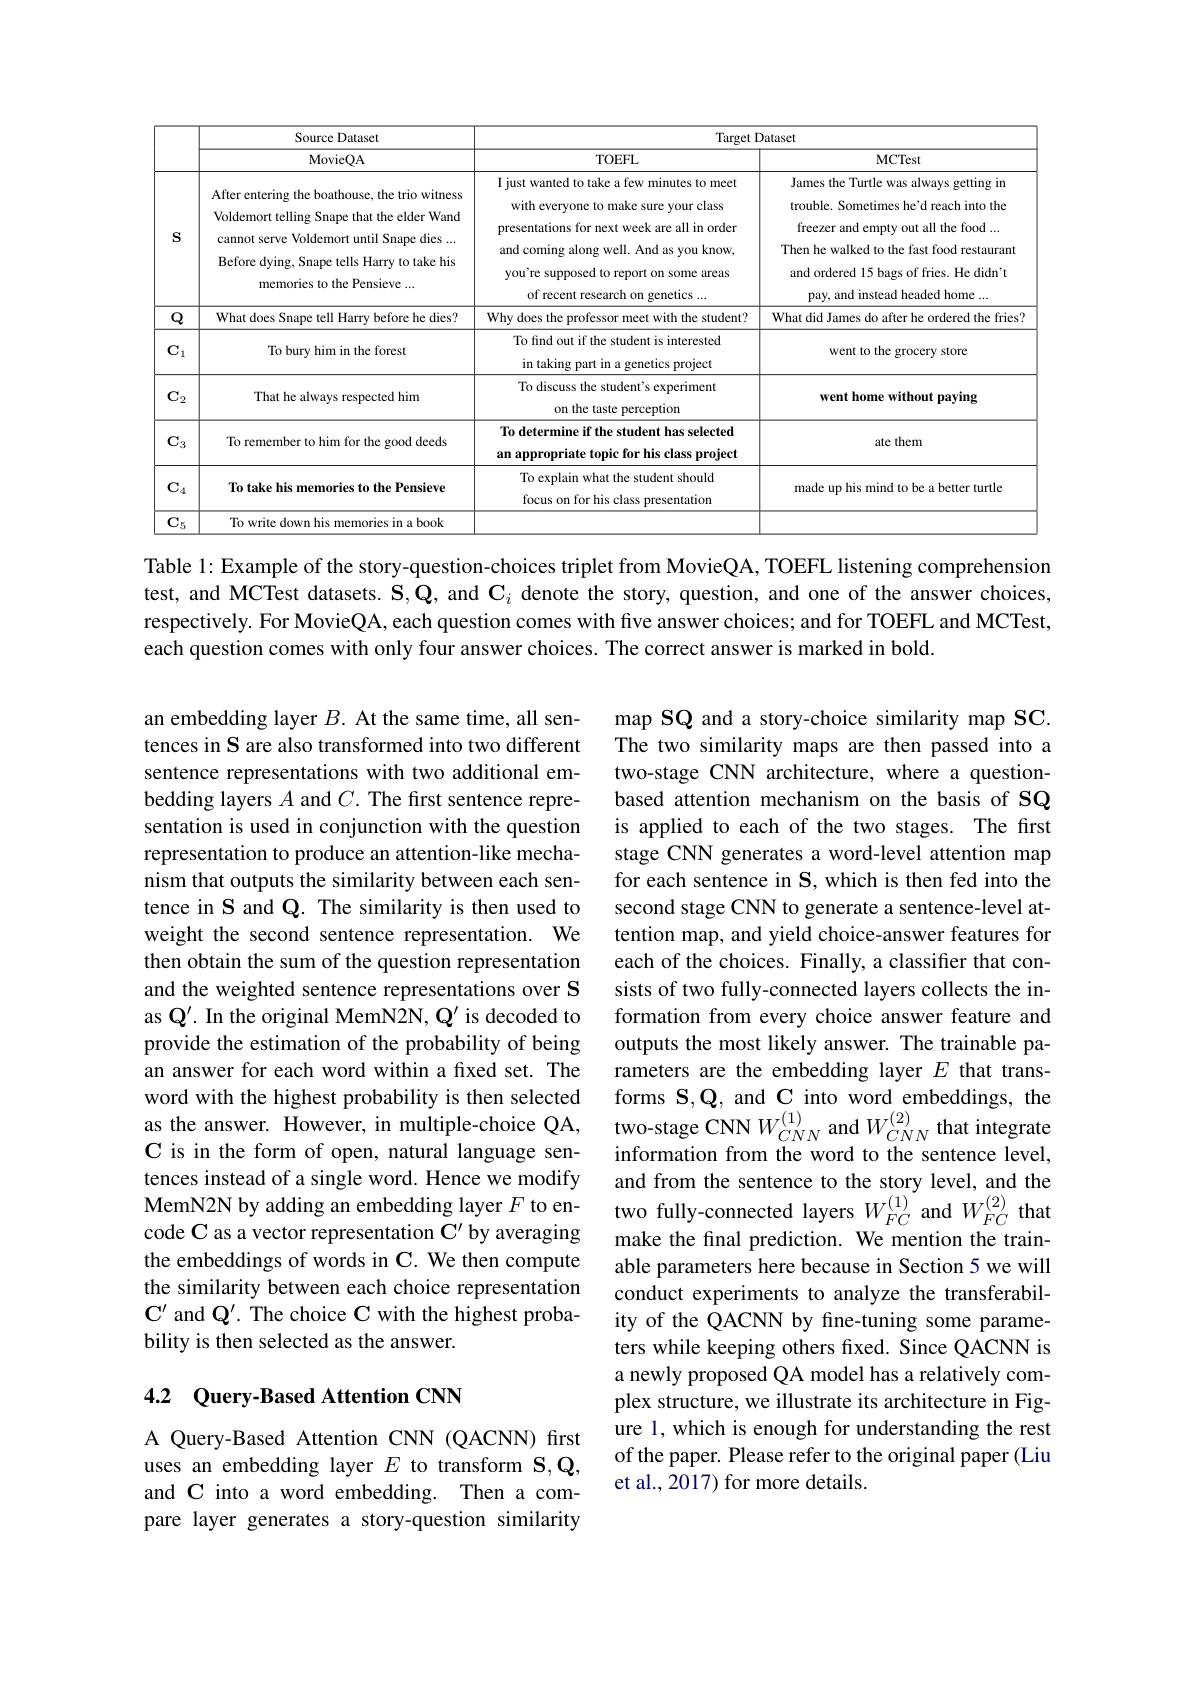
<table>
	<tbody>
		<tr>
			<th> </th>
			<th rowspan="2">Source Dataset MovieQA</th>
			<th colspan="2">Target Dataset</th>
		</tr>
		<tr>
			<th> </th>
			<th>TOEFL</th>
			<th>MCTest</th>
		</tr>
		<tr>
			<td>$S$</td>
			<td>After entering the boathouse, the trio witness Voldemort telling Snape that the elder Wand cannot serve Voldemort until Snape dies ... Before dying, Snape tells Harry to take his memories to the Pensieve ...</td>
			<td>I just wanted to take a few minutes to meet with everyone to make sure your class presentations for next week are all in order and coming along well. And as you know, you're supposed to report on some areas of recent research on genetics ...</td>
			<td>James the Turtle was always getting in trouble. Sometimes he'd reach into the freezer and empty out all the food ... Then he walked to the fast food restaurant and ordered 15 bags of fries. He didn't pay, and instead headed home ...</td>
		</tr>
		<tr>
			<td>$Q$</td>
			<td>What does Snape tell Harry before he dies?</td>
			<td>Why does the professor meet with the student?</td>
			<td>What did James do after he ordered the fries'</td>
		</tr>
		<tr>
			<td>$\mathrm{C}_{1}$</td>
			<td>To bury him in the forest</td>
			<td>To find out if the student is interested in taking part in a genetics project</td>
			<td>went to the grocery store</td>
		</tr>
		<tr>
			<td>$\mathrm{C}_{2}$</td>
			<td>That he always respected him</td>
			<td>To discuss the student's experiment on the taste perception</td>
			<td>went home without paying</td>
		</tr>
		<tr>
			<td>$\mathrm{C}_{3}$</td>
			<td>To remember to him for the good deeds</td>
			<td>To determine if the student has selected an appropriate topic for his class project</td>
			<td>ate them</td>
		</tr>
		<tr>
			<td>$\mathrm{C}_{4}$</td>
			<td>To take his memories to the Pensieve</td>
			<td>To explain what the student should focus on for his class presentation</td>
			<td>made up his mind to be a better turtle</td>
		</tr>
		<tr>
			<td>$\overline{\mathbf{C}_{5}}$</td>
			<td>To write down his memories in a book</td>
			<td> </td>
			<td> </td>
		</tr>
	</tbody>
</table>

Table 1: Example of the story-question-choices triplet from MovieQA, TOEFL listening comprehension test, and MCTest datasets. $\mathbf{S},\mathbf{Q}$, and $\mathbf{C}_i$ denote the story, question, and one of the answer choices, respectively. For MovieQA, each question comes with five answer choices; and for TOEFL and MCTest, each question comes with only four answer choices. The correct answer is marked in bold.

an embedding layer $B.$ At the same time, all sentences in S are also transformed into two different sentence representations with two additional embedding layers $A$ and $C.$ The first sentence representation is used in conjunction with the question representation to produce an attention-like mechanism that outputs the similarity between each sentence in S and Q. The similarity is then used to weight the second sentence representation. We then obtain the sum of the question representation and the weighted sentence re as $\mathbf{Q}^{\prime}.$ In the original MemN2N, $\mathbf{Q}^{\prime}$ is decoded to provide the estimation of th an answer for each word within a fixed set. The word with the highest probab
C is in the form of open, natural language sentences instead of a single word. Hence we modify MemN2N by adding an embedding layer $F$ to en- two fully- connected layers $W_{FC}^{( 1) }$ and $W_{FC}^{( 2) }$ that code C as a vector representation C' by averagingmake the final prediction. We mention the train- make the final prediction. W
the embeddings of words in C. We then compute the similarity between each $\mathbf{C}^{\prime}$ and $\mathbf{Q}^{\prime}.$ The choice C with the highest probability is then selected as t

map SQ and a story-choice si The two similarity maps are then passed into a two-stage CNN architecture, based attention mechanism on the basis of SQ is applied to each of the two stages. The first stage CNN generates a word-level attention map for each sentence in S, which is then fed into the second stage CNN to generate a sentence-level attention map, and yield choice-answer features for each of the choices. Finally, a classifier that consists of two fully-connected layers collects the information from every choice answer feature and outputs the most likely answer. The trainable parameters are the embedding layer $E$ that transinformation from the word to the sentence level, and from the sentence to the story level, and the make the final prediction. We mention the trainable parameters here because in Section 5 we will conduct experiments to analyze the transferability of the QACNN by fine-tuning some parameters while keeping others fxed. Since QACNN is a newly proposed QA model has a relatively complex structure, we illustrate its architecture in Figure 1, which is enough for understanding the rest of the paper. Please refer to the original paper (Liu et al., 2017) for more details.

### 4.2 Query-Based Attention CNN

A Query-Based Attention CNN (QACNN) first uses an embedding layer $E$ to transform S$,\mathbf{Q}$, and C into a word embedding. Then a compare layer generates a story-question similarity